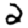
Digit: 2